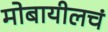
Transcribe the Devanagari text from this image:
मोबायीलचं